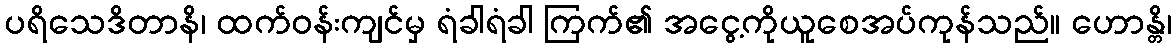
ပရိသေဒိတာနိ၊ ထက်ဝန်းကျင်မှ ရံခါရံခါ ကြက်၏ အငွေ့ကိုယူစေအပ်ကုန်သည်။ ဟောန္တိ၊